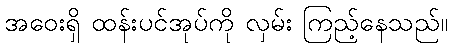
အဝေးရှိ ထန်းပင်အုပ်ကို လှမ်း ကြည့်နေသည်။